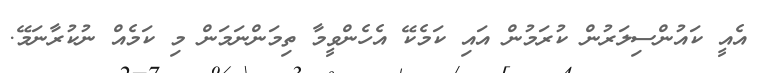
އެއީ ކައުންސިލަރުން ކުރަމުން އައި ކަމެކޭ އެހެންވީމާ ތިމަންނަމަން މި ކަމެއް ނުކުރާނަމޭ.